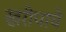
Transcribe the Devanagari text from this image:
खरीपाचे